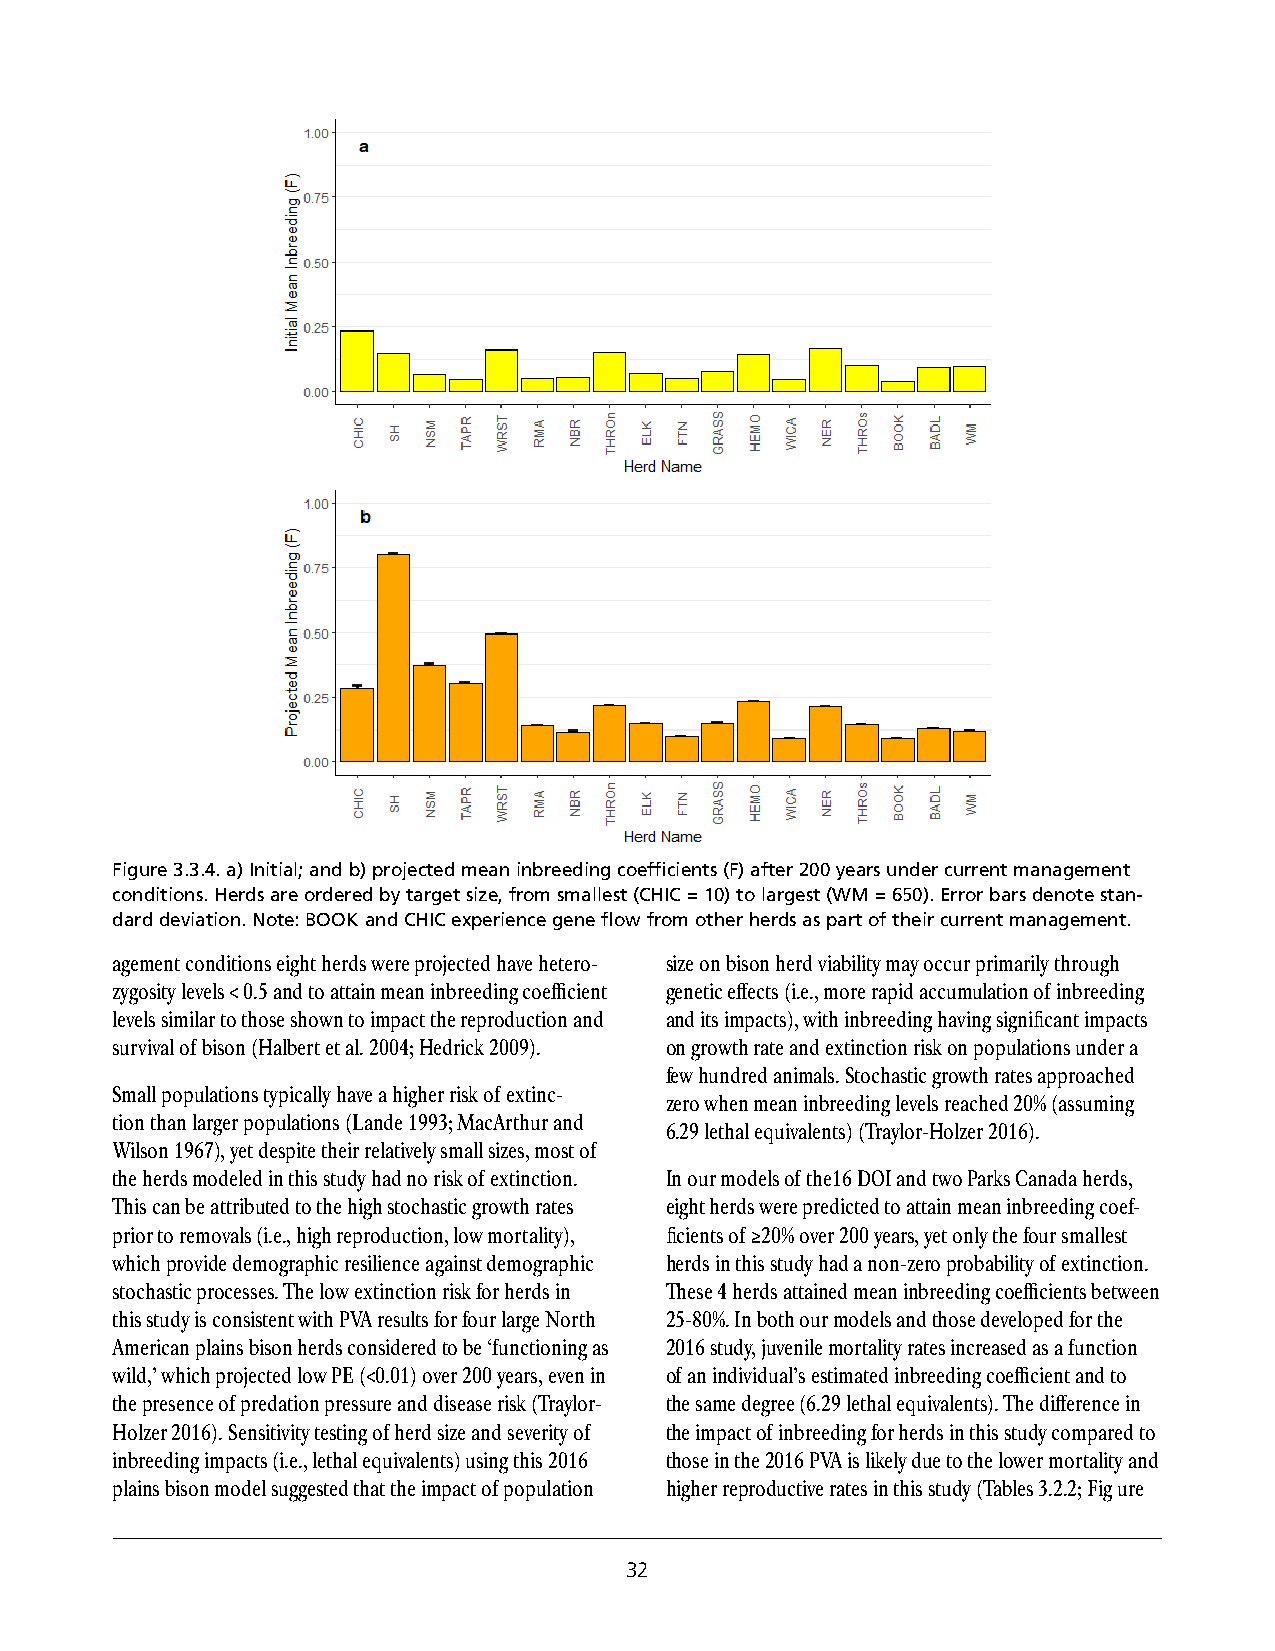
Figure 3.3.4. a) Initial; and b) projected mean inbreeding coefficients (F) after 200 years under current management
 conditions. Herds are ordered by target size, from smallest (CHIC = 10) to largest (WM = 650). Error bars denote stan-
 dard deviation. Note: BOOK and CHIC experience gene flow from other herds as part of their current management.
 agement conditions eight herds were projected have hetero- size on bison herd viability may occur primarily through
 zygosity levels < 0.5 and to attain mean inbreeding coefficient genetic effects (i.e., more rapid accumulation of inbreeding
 levels similar to those shown to impact the reproduction and and its impacts), with inbreeding having significant impacts
 survival of bison (Halbert et al. 2004; Hedrick 2009). on growth rate and extinction risk on populations under a
 few hundred animals. Stochastic growth rates approached
 Small populations typically have a higher risk of extinc-
 zero when mean inbreeding levels reached 20% (assuming
 tion than larger populations (Lande 1993; MacArthur and
 6.29 lethal equivalents) (Traylor-Holzer 2016).
 Wilson 1967), yet despite their relatively small sizes, most of
 the herds modeled in this study had no risk of extinction. In our models of the16 DOI and two Parks Canada herds,
 This can be attributed to the high stochastic growth rates eight herds were predicted to attain mean inbreeding coef-
 prior to removals (i.e., high reproduction, low mortality), ficients of ≥20% over 200 years, yet only the four smallest
 which provide demographic resilience against demographic herds in this study had a non-zero probability of extinction.
 stochastic processes. The low extinction risk for herds in These 4 herds attained mean inbreeding coefficients between
 this study is consistent with PVA results for four large North 25-80%. In both our models and those developed for the
 American plains bison herds considered to be ‘functioning as 2016 study, juvenile mortality rates increased as a function
 wild,’ which projected low PE (<0.01) over 200 years, even in of an individual’s estimated inbreeding coefficient and to
 the presence of predation pressure and disease risk (Traylor- the same degree (6.29 lethal equivalents). The difference in
 Holzer 2016). Sensitivity testing of herd size and severity of the impact of inbreeding for herds in this study compared to
 inbreeding impacts (i.e., lethal equivalents) using this 2016 those in the 2016 PVA is likely due to the lower mortality and
 plains bison model suggested that the impact of population higher reproductive rates in this study (Tables 3.2.2; Fig ure
 32